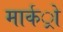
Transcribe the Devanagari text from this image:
मार्कर्ो